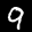
Label: 9